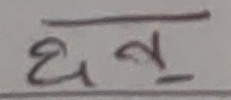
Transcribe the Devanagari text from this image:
धन्